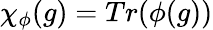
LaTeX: \chi_{\phi}(g)=Tr(\phi(g))